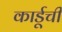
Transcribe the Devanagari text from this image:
कार्डूची